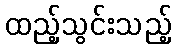
ထည့်သွင်းသည့်